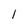
Character: 1